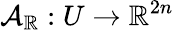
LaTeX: \mathcal{A}_{\mathbb{R}}:U\to\mathbb{R}^{2n}